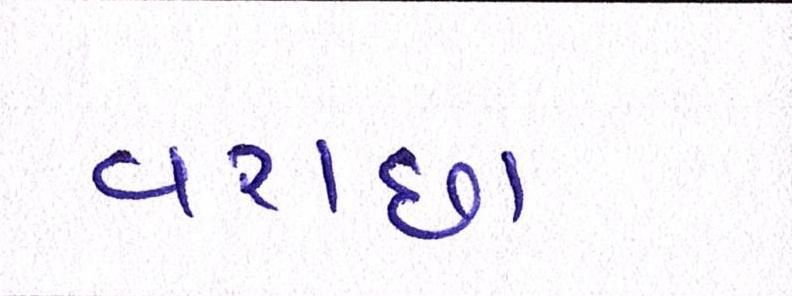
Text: વરાછા